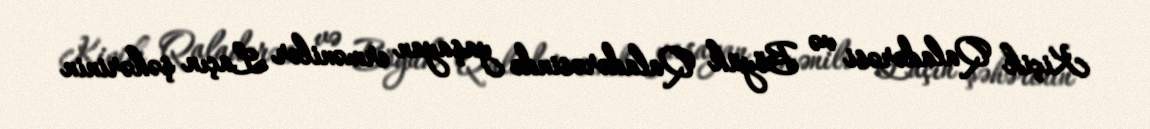
Kiçik Qaladərəsi və Böyük Qaladərəsində yaşayan ermənilər Laçın şəhərinin